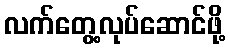
လက်တွေ့လုပ်ဆောင်ဖို့